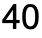
40